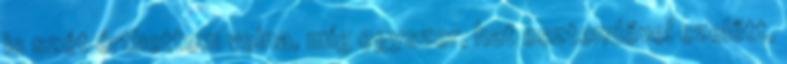
is szót érthettem volna, míg egyszer, hat esztendővel ezelőtt,